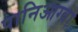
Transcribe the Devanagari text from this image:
पानिआग्वा